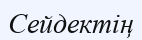
Сейдектің